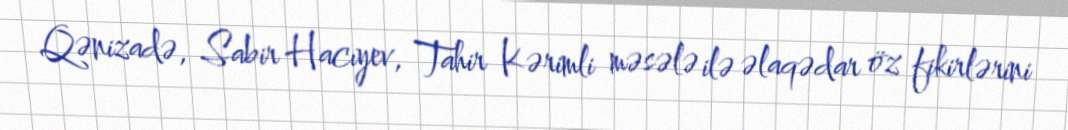
Qənizadə, Sabir Hacıyev, Tahir Kərimli məsələ ilə əlaqədar öz fikirlərini